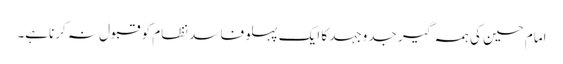
امام حسین کی ہمہ گیر جدوجہد کا ایک پہلو فاسد نظام کو قبول نہ کرناہے۔